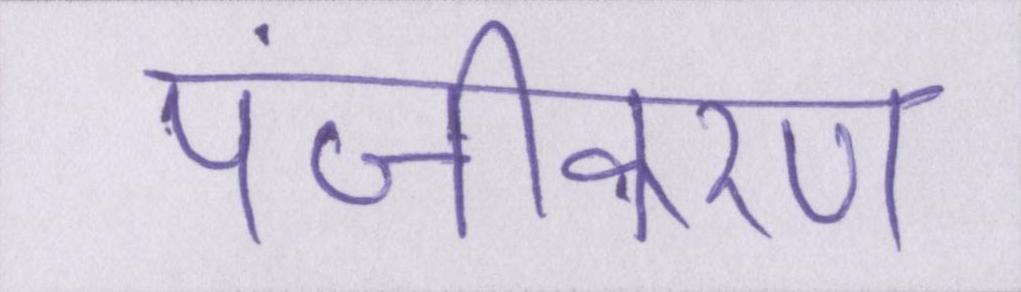
पंजीकरण